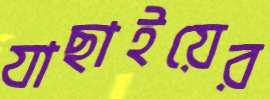
যাছাইয়ের